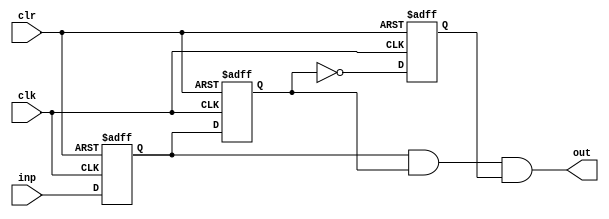
module clock_pulse(
	input inp,
	input clk,
	input clr,
	output out
    );

    reg d1,d2,d3;
    
    always @(posedge clk or posedge clr)

    begin

    	if (clr == 1)

    	begin
    		d1 <= 1'b0;
    		d2 <= 1'b0;
    		d3 <= 1'b0;
    	end
    	
    	else

    	begin
    		d1 <= inp;
    		d2 <= d1;
    		d3 <= ~d2;
    	end

    end
    
    assign out = (d1 & d2 & d3); 

endmodule